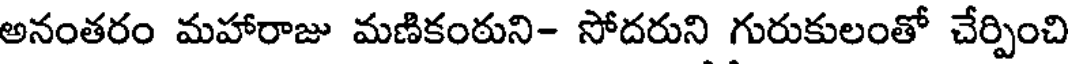
అనంతరం మహారాజు మణికంఠుని- సోదరుని గురుకులంతో చేర్పించి